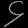
Digit: ၄